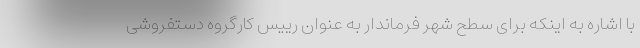
با اشاره به اینکه برای سطح شهر فرماندار به عنوان رییس کارگروه دستفروشی